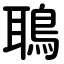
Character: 鵈